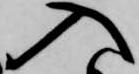
入